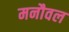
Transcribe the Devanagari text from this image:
मनौवल